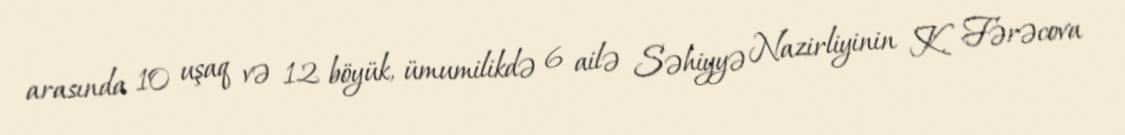
arasında 10 uşaq və 12 böyük, ümumilikdə 6 ailə Səhiyyə Nazirliyinin K. Fərəcova